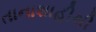
તાનાશાહીથી